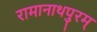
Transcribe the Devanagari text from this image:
रामानाथपुरम्